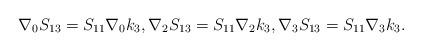
LaTeX: \begin{align*}\nabla_{0}S_{13}=S_{11}\nabla_{0}k_{3},\nabla_{2}S_{13}=S_{11}\nabla_{2}k_{3},\nabla_{3}S_{13}=S_{11}\nabla_{3}k_{3}.\end{align*}